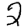
Digit: 2